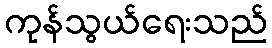
ကုန်သွယ်ရေးသည်